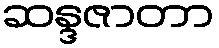
ဆန္ဒဇာတာ